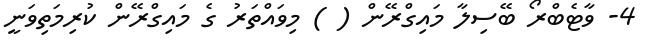
4- ވާޓެބްރޯ ބޭސިލާ މައިގްރޭން ( ) މިވައްތަރު ގެ މައިގްރޭން ކުރިމަތިވަނީ